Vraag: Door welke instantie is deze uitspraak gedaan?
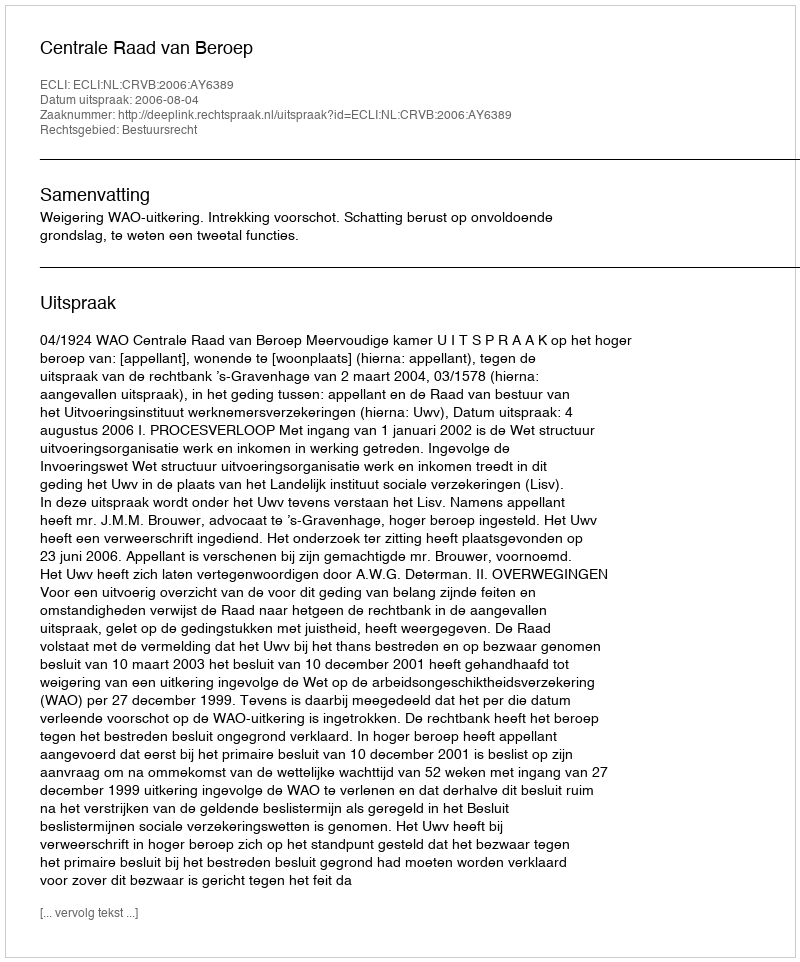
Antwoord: Centrale Raad van Beroep